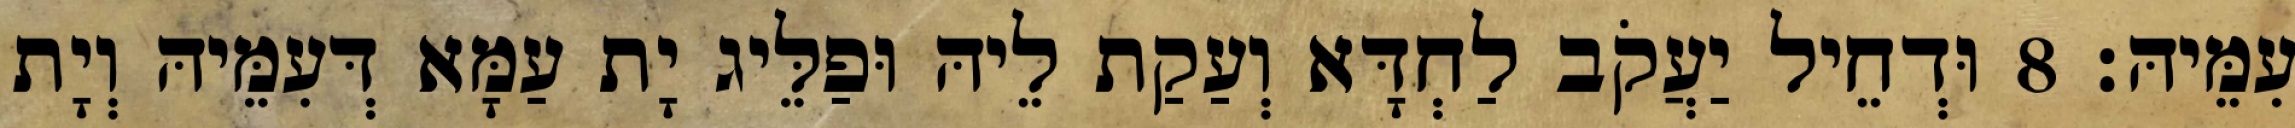
עִמֵּיהּ׃ 8 וּדְחֵיל יַעֲקֹב לַחְדָּא וְעַקַת לֵיהּ וּפַלֵּיג יָת עַמָּא דְּעִמֵּיהּ וְיָת